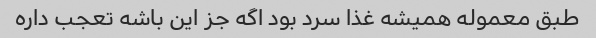
طبق معموله همیشه غذا سرد بود اگه جز این باشه تعجب داره